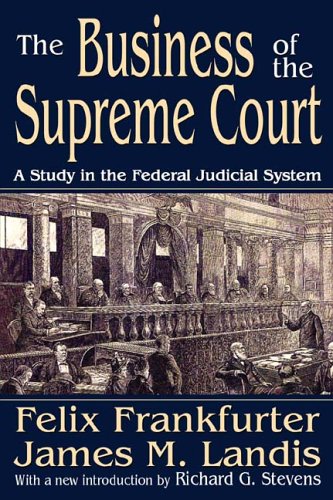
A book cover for The Business of the Supreme Court: A Study in the Federal Judicial System (Library of Liberal Thought); Felix Frankfurter; Law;